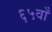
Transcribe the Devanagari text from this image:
६५वाँ